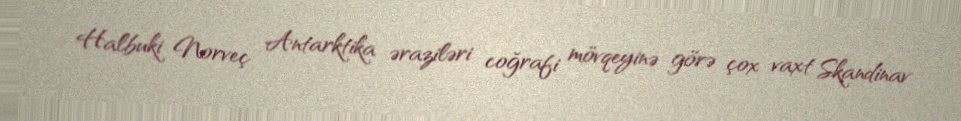
Halbuki Norveç Antarktika əraziləri coğrafi mövqeyinə görə çox vaxt Skandinav